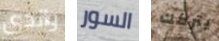
والدى السور يتركك